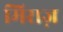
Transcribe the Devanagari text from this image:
मिराज़